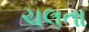
ચલતા